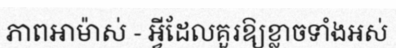
ភាពអាម៉ាស់ - អ្វីដែលគួរឱ្យខ្លាចទាំងអស់